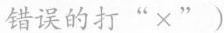
错误的打"×")